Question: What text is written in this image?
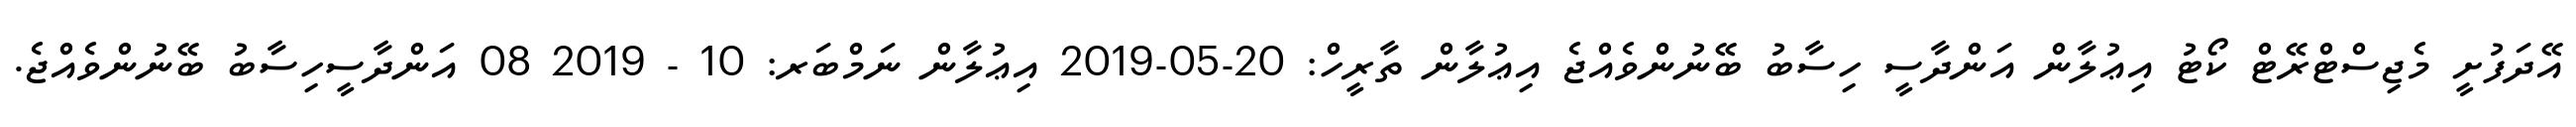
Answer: އޭދަފުށީ މެޖިސްޓްރޭޓް ކޯޓު އިޢުލާން އަންދާސީ ހިސާބު ބޭނުންވެއްޖެ އިޢުލާން ތާރީހް: 20-05-2019 އިޢުލާން ނަމްބަރ: 10 - 2019 08 އަންދާސީހިސާބު ބޭނުންވެއްޖެ.